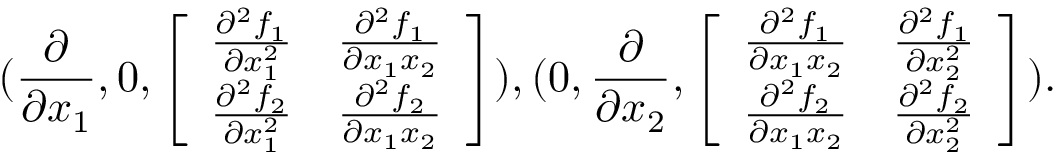
( \frac { \partial } { \partial x _ { 1 } } , 0 , \left[ \begin{array} { r } { \frac { \partial ^ { 2 } f _ { 1 } } { \partial x _ { 1 } ^ { 2 } } \ \ \ \frac { \partial ^ { 2 } f _ { 1 } } { \partial x _ { 1 } x _ { 2 } } } \\ { \frac { \partial ^ { 2 } f _ { 2 } } { \partial x _ { 1 } ^ { 2 } } \ \ \ \frac { \partial ^ { 2 } f _ { 2 } } { \partial x _ { 1 } x _ { 2 } } } \end{array} \right] ) , ( 0 , \frac { \partial } { \partial x _ { 2 } } , \left[ \begin{array} { r } { \frac { \partial ^ { 2 } f _ { 1 } } { \partial x _ { 1 } x _ { 2 } } \ \ \ \frac { \partial ^ { 2 } f _ { 1 } } { \partial x _ { 2 } ^ { 2 } } } \\ { \frac { \partial ^ { 2 } f _ { 2 } } { \partial x _ { 1 } x _ { 2 } } \ \ \ \frac { \partial ^ { 2 } f _ { 2 } } { \partial x _ { 2 } ^ { 2 } } } \end{array} \right] ) .